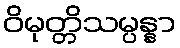
ဝိမုတ္တိသမ္ပန္နာ